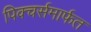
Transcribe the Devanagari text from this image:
पिक्चर्समार्फत